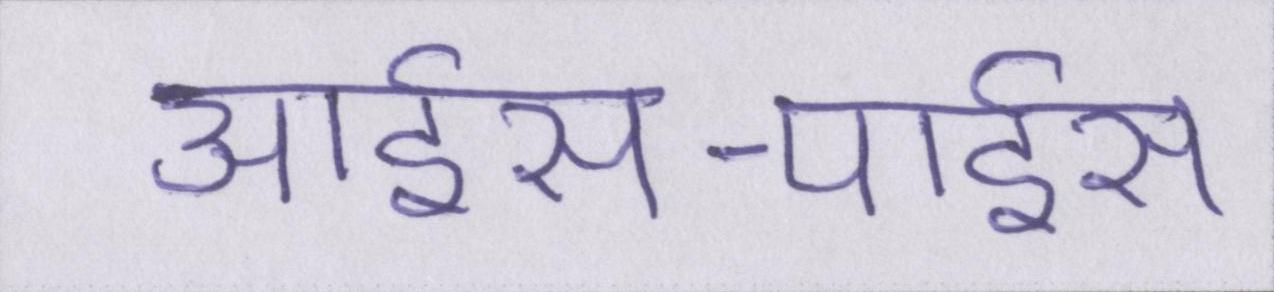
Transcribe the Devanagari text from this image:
आईस-पाईस